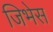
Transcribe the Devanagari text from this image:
जिभेस